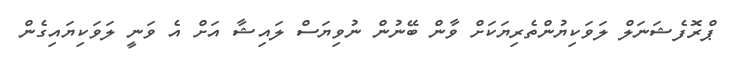
ޕްރޮފެޝަނަލް ލަވަކިޔުންތެރިޔަކަށް ވާން ބޭނުން ނުވިޔަސް ލައިޝާ އަށް އެ ވަނީ ލަވަކިޔައިގެން